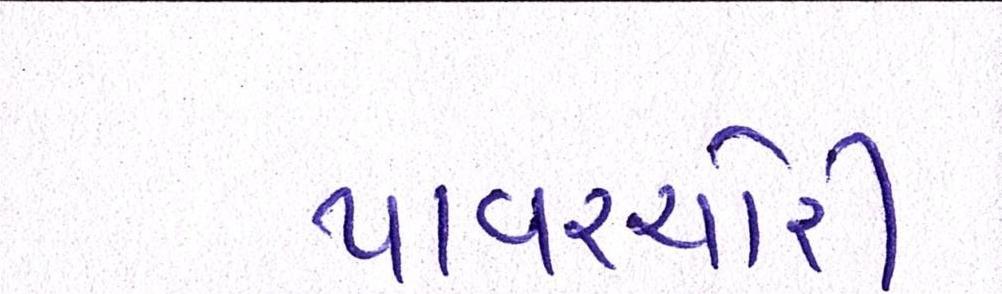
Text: પાવરચોરી